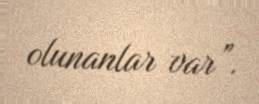
olunanlar var”.